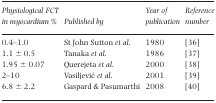
| Physiological FCT in myocardium % | Published by | Year of publication | Reference number |
 | --- | --- | --- | --- |
 | 0.4–1.0 | St John Sutton et al. | 1980 | 36 |
 | 1.1 ± 0.5 | Tanaka et al. | 1986 | 37 |
 | 1.95 ± 0.07 | Querejeta et al. | 2000 | 38 |
 | 2–10 | Vasiljević et al. | 2001 | 39 |
 | 6.8 ± 2.2 | Gaspard & Pasumarthi | 2008 | 40 |